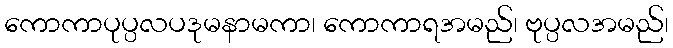
ကောကာပုပ္ပလပဒုမနာမကာ၊ ကောကာရအမည်၊ ဗုပ္ပလအမည်၊